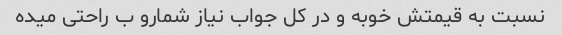
نسبت به قیمتش خوبه و در کل جواب نیاز شمارو ب راحتی میده